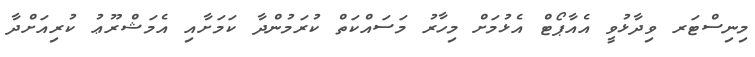
މިނިސްޓަރ ވިދާޅުވީ އެއާޕޯޓް އެޅުމަށް މިހާރު މަސައްކަތް ކުރަމުންދާ ކަމަށާއި އެމަޝްރޫޢު ކުރިއަށްދާ